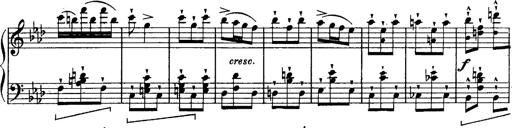
Title: Schubert's Impromptus [revised and edited by Franz Liszt]
Composer: Franz Liszt